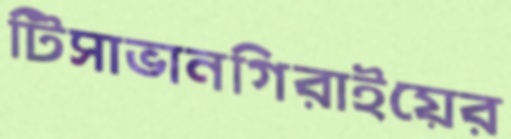
টিসাভানগিরাইয়ের